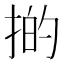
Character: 𢯊